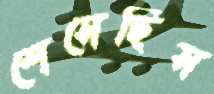
শেসেছিস